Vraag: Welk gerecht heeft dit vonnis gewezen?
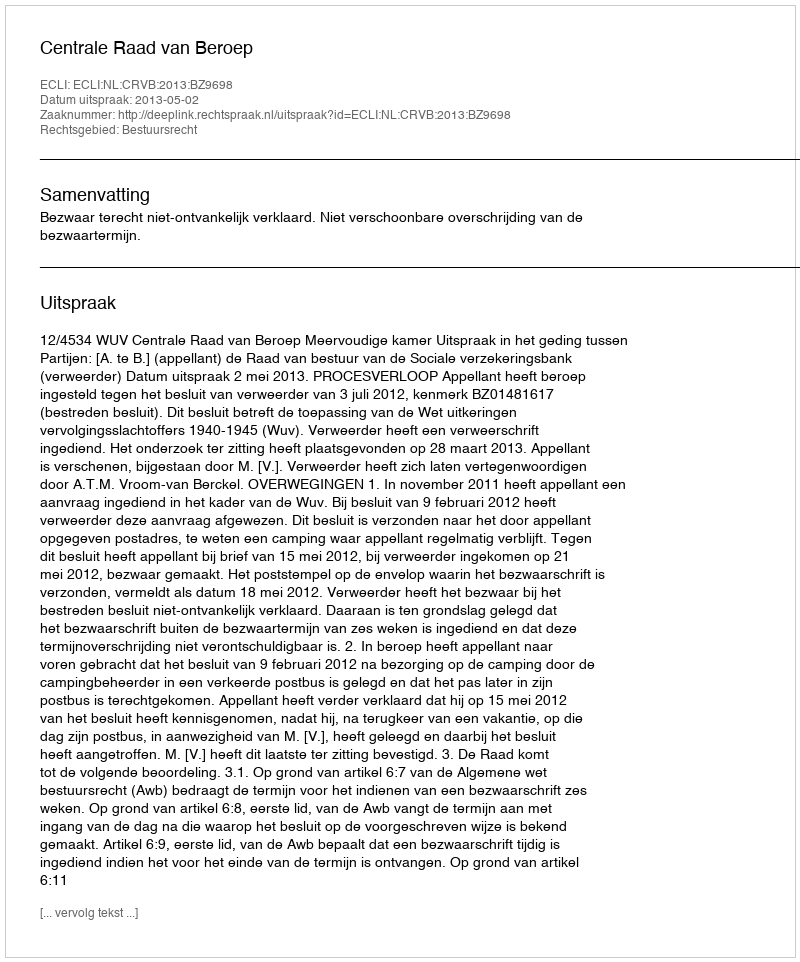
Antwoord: Centrale Raad van Beroep